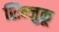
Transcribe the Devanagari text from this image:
शिन्जुकू